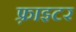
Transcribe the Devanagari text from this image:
फ़्राइटर